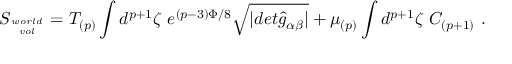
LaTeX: S _ { w o r l d \atop v o l } = T _ { ( p ) } \int d ^ { p + 1 } \zeta \ e ^ { ( p - 3 ) \Phi / 8 } \sqrt { \vert d e t { \hat { g } } _ { \alpha \beta } \vert } + \mu _ { ( p ) } \int d ^ { p + 1 } \zeta \ C _ { ( p + 1 ) } \ .